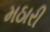
મઠારી